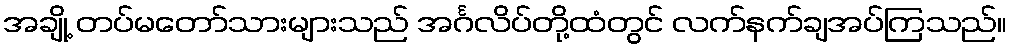
အချို့ တပ်မတော်သားများသည် အင်္ဂလိပ်တို့ထံတွင် လက်နက်ချအပ်ကြသည်။